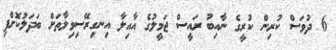
6 ދުވަސް ކުރިން ކުރީގެ ނާއިބު ރައީސް ޖަމީލުގެ އާއިލާ އިނގިރޭސިވިލާތަށް ބަދަލުކޮށްފި